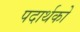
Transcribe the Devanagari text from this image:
पदार्थको